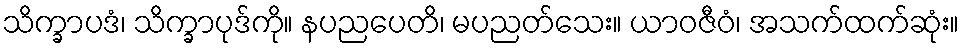
သိက္ခာပဒံ၊ သိက္ခာပုဒ်ကို။ နပညပေတိ၊ မပညတ်သေး။ ယာဝဇီဝံ၊ အသက်ထက်ဆုံး။